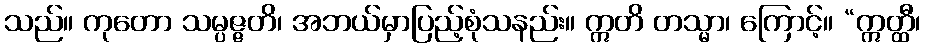
သည်။ ကုတော သမ္ပဇ္ဇတိ၊ အဘယ်မှာပြည့်စုံသနည်း။ ဣတိ တသ္မာ၊ ကြောင့်။ “ဣတ္ထီ၊